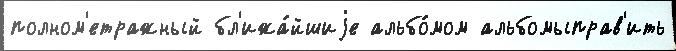
полном'етражный бл'ижа́йшиjе альбо́мом альбомыправ'ить